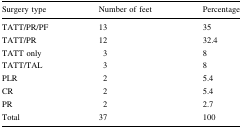
<table><thead><tr><td><b>Surgery type</b></td><td><b>Number of feet</b></td><td><b>Percentage</b></td></tr></thead><tbody><tr><td>TATT/PR/PF</td><td>13</td><td>35</td></tr><tr><td>TATT/PR</td><td>12</td><td>32.4</td></tr><tr><td>TATT only</td><td>3</td><td>8</td></tr><tr><td>TATT/TAL</td><td>3</td><td>8</td></tr><tr><td>PLR</td><td>2</td><td>5.4</td></tr><tr><td>CR</td><td>2</td><td>5.4</td></tr><tr><td>PR</td><td>2</td><td>2.7</td></tr><tr><td>Total</td><td>37</td><td>100</td></tr></tbody></table>